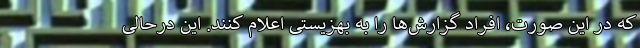
که در این صورت، افراد گزارش‌ها را به بهزیستی اعلام کنند. این درحالی